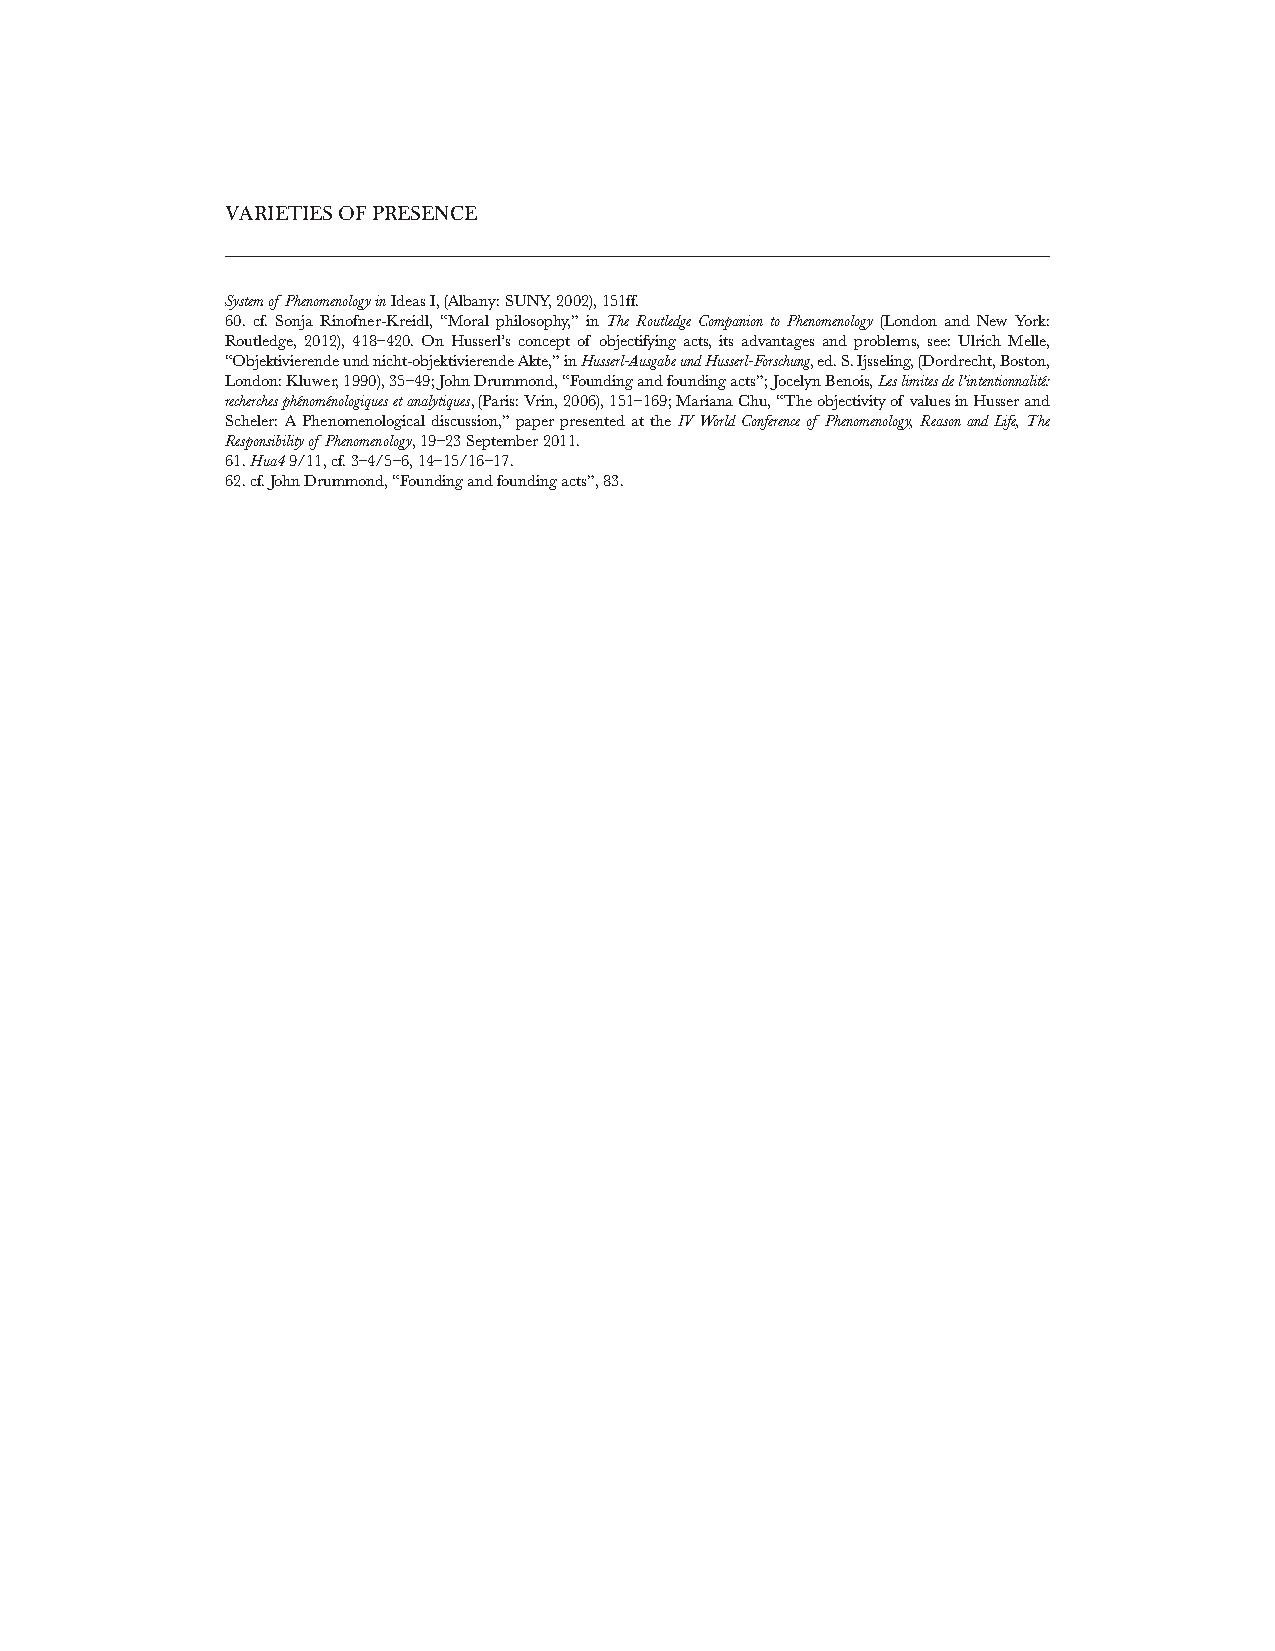
VARIETIES OF PRESENCE
 System of Phenomenology in Ideas I, (Albany: SUNY, 2002), 151ff.
 60. cf. Sonja Rinofner-Kreidl, “Moral philosophy,” in The Routledge Companion to Phenomenology (London and New York:
 Routledge, 2012), 418–420. On Husserl’s concept of objectifying acts, its advantages and problems, see: Ulrich Melle,
 “Objektivierende und nicht-objektivierende Akte,” in Husserl-Ausgabe und Husserl-Forschung, ed. S. Ijsseling, (Dordrecht, Boston,
 London: Kluwer, 1990), 35–49; John Drummond, “Founding and founding acts”; Jocelyn Benois, Les limites de l’intentionnalité:
 recherches phénoménologiques et analytiques, (Paris: Vrin, 2006), 151–169; Mariana Chu, “The objectivity of values in Husser and
 Scheler: A Phenomenological discussion,” paper presented at the IV World Conference of Phenomenology, Reason and Life, The
 Responsibility of Phenomenology, 19–23 September 2011.
 61. Hua4 9/11, cf. 3–4/5–6, 14–15/16–17.
 62. cf. John Drummond, “Founding and founding acts”, 83.